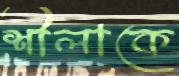
শীলাকে